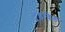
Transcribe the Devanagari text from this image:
लुइविल